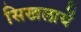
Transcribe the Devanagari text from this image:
सिखलायें